Indian journal of veterinary science and animal husbandry - Volume 4,
Year: 1934
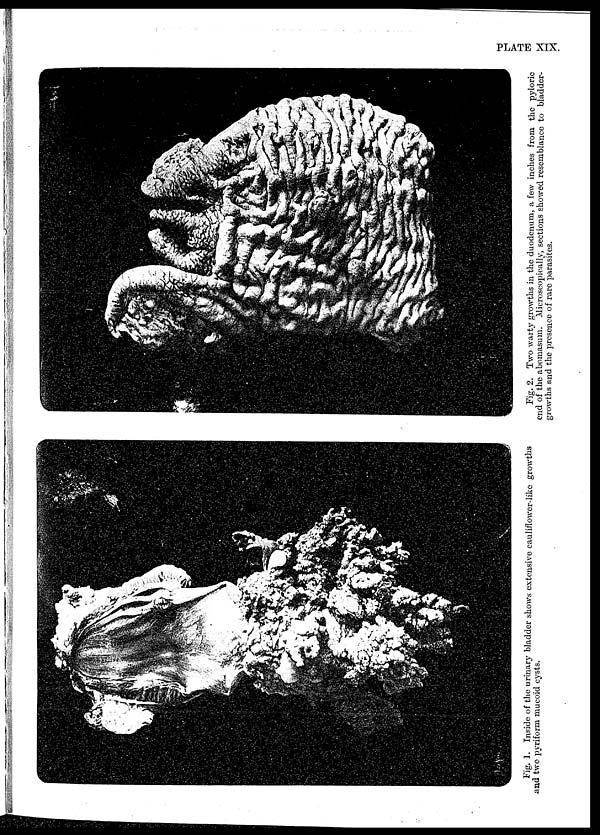
PLATE XIX.
Fig. 1. Inside of the urinary bladder shows extensive cauliflower-like growths
and two pyriform mucoid cysts.
Fig. 2. Two warty growths in the duodenum, a few inches from the pyloric
end of the abomasum. Microscopically, sections showed resemblance to bladder-
growths and the presence of rare parasites.